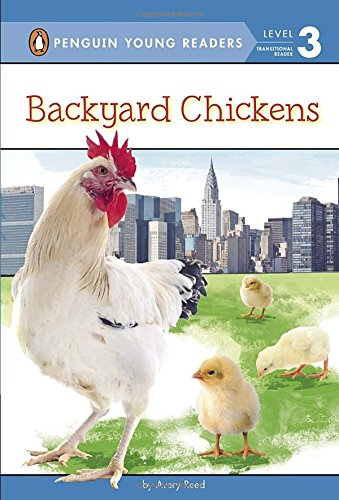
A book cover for Backyard Chickens (Penguin Young Readers, Level 3); Avery Reed; Children's Books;